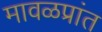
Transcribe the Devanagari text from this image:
मावळप्रांत